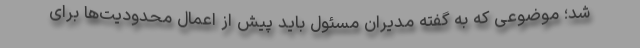
شد؛ موضوعی که به گفته مدیران مسئول باید پیش از اعمال محدودیت‌ها برای